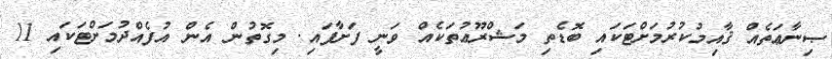
ޞިނާޢަތެއް ޤާއިމުކުރުމަށްޓަކައި ބޮޑެތި މަޝްރޫޢުތަކެއް ވަނީ ފަށާފައި. މިގޮތުން އެން އުފެއްދުމަށްޓަކައި 11